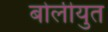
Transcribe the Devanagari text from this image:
बोलीयुत